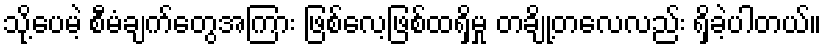
သို့ပေမဲ့ စီမံချက်တွေအကြား ဖြစ်လေ့ဖြစ်ထရှိမှု တချို့တလေလည်း ရှိခဲ့ပါတယ်။